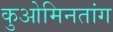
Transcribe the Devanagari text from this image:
कुओमिनतांग